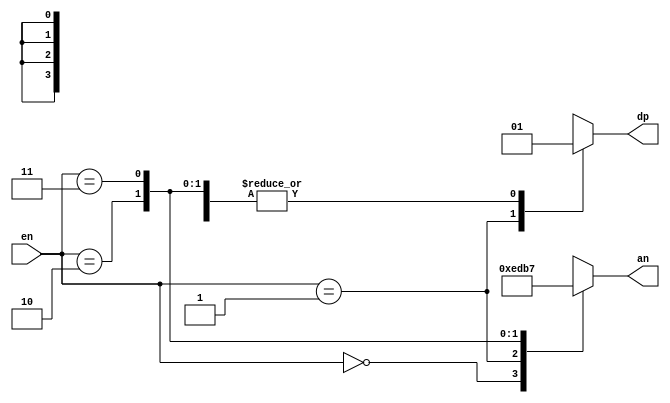
`timescale 1ns / 1ps
//////////////////////////////////////////////////////////////////////////////////
// Company: 
// Engineer: 
// 
// Design Name: 
// Module Name: decoder2to4
// Project Name: 
// Target Devices: 
// Tool Versions: 
// Description: 
// 
// Dependencies: 
// 
// Revision:
// Revision 0.01 - File Created
// Additional Comments:
// 
//////////////////////////////////////////////////////////////////////////////////


module decoder2to4(
    input [1:0] en,
    output reg dp,
    output reg [3:0] an
    );    
    
    // cycle through the four anodes using en(output of 2 bit counter)
    always@(en) begin     
        case (en)
            0:  begin
                an = 4'b1110;
                dp = 1'b1;                    
                end
            1:  begin
                an = 4'b1101;                     
                dp = 1'b0; //turn on the active low decimal point after anode AN1 
                end 
            2:  begin
                an = 4'b1011;
                dp = 1'b1;                    
                end
            3:  begin
                an = 4'b0111;
                dp = 1'b1;                    
                end                
        endcase
    end
    
endmodule